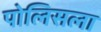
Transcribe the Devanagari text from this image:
पोलिसला